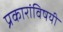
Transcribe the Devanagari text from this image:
प्रकारांविषयी